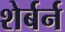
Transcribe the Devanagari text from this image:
शेर्बर्न